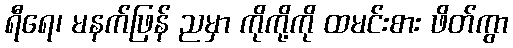
ရီရေ၊ မနက်ဖြန် ညမှာ ကိုကို့ကို ထမင်းစား ဖိတ်ကွာ